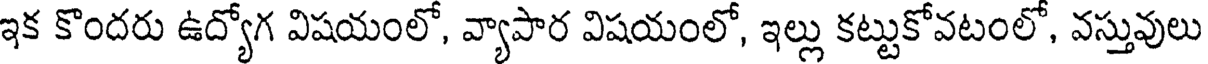
ఇక కొందరు ఉద్యోగ విషయంలో, వ్యాపార విషయంలో, ఇల్లు కట్టుకోవటంలో, వస్తువులు